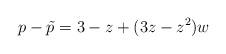
LaTeX: \begin{align*}p-\tilde{p} = 3-z + (3z-z^2)w\end{align*}